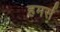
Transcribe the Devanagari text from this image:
हमर्स